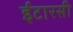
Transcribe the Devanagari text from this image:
ईटारसी